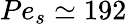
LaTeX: Pe_{s}\simeq 192